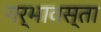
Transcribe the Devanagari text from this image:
गर्भावस्ता